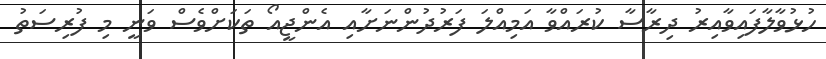
ހުޅުވާލާފައިވާއިރު ދިރާސާ ކުރައްވާ އަމިއްލަ ފަރުދުންނަށާއި އެންޖީއޯ ތަކަށްވެސް ވަނީ މި ފުރިސަތު